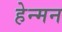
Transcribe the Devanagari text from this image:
हेन्मन